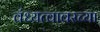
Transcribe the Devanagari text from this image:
वंध्यत्वावरच्या